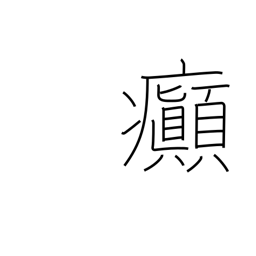
Meaning: insanity